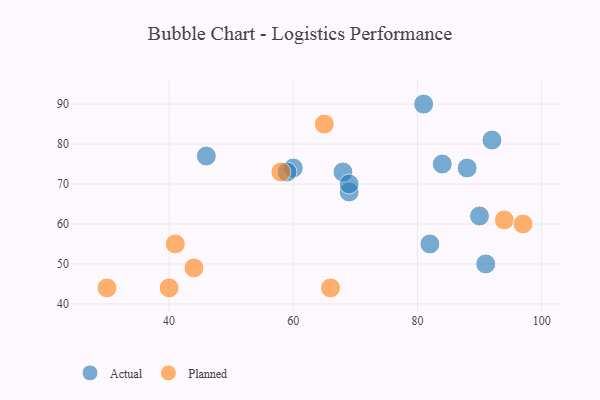
{"axis": {"x": "GDP", "y": "Life Expectancy"}, "legend": ["Actual", "Planned"], "data": [{"x": "82", "y": 55, "type": "Actual"}, {"x": "84", "y": 75, "type": "Actual"}, {"x": "69", "y": 68, "type": "Actual"}, {"x": "88", "y": 74, "type": "Actual"}, {"x": "60", "y": 74, "type": "Actual"}, {"x": "91", "y": 50, "type": "Actual"}, {"x": "68", "y": 73, "type": "Actual"}, {"x": "46", "y": 77, "type": "Actual"}, {"x": "59", "y": 73, "type": "Actual"}, {"x": "90", "y": 62, "type": "Actual"}, {"x": "92", "y": 81, "type": "Actual"}, {"x": "69", "y": 70, "type": "Actual"}, {"x": "81", "y": 90, "type": "Actual"}, {"x": "58", "y": 73, "type": "Planned"}, {"x": "94", "y": 61, "type": "Planned"}, {"x": "65", "y": 85, "type": "Planned"}, {"x": "66", "y": 44, "type": "Planned"}, {"x": "41", "y": 55, "type": "Planned"}, {"x": "44", "y": 49, "type": "Planned"}, {"x": "30", "y": 44, "type": "Planned"}, {"x": "40", "y": 44, "type": "Planned"}, {"x": "97", "y": 60, "type": "Planned"}]}